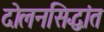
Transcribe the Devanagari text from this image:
दोलनसिद्धांत